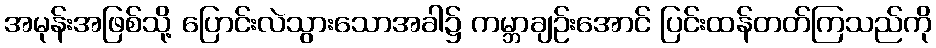
အမုန်းအဖြစ်သို့ ပြောင်းလဲသွားသောအခါ၌ ကမ္ဘာချဉ်းအောင် ပြင်းထန်တတ်ကြသည်ကို